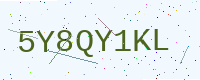
Text: 5Y8QY1KL